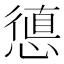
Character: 憄